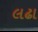
લઢા